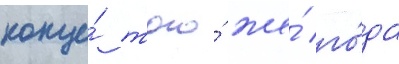
конце́ того́ же́ го́да